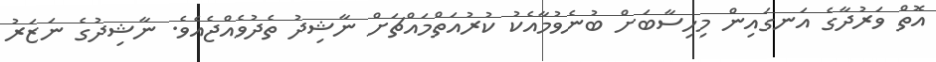
އޮތް ވަރުދާގެ އަނގައިން މިހިސާބަށް ބުނެވުމާއެކު ކުރުއަތްމައްޗަށް ނާޝިދު ތެދުވެއްޖެއެވެ. ނާޝިދުގެ ނަޒަރު